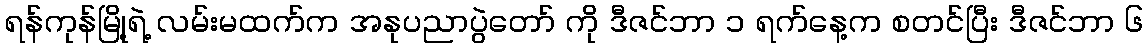
ရန်ကုန်မြို့ရဲ့ လမ်းမထက်က အနုပညာပွဲတော် ကို ဒီဇင်ဘာ ၁ ရက်နေ့က စတင်ပြီး ဒီဇင်ဘာ ၆